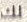
لك